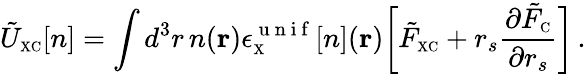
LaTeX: \tilde{U}_{\scriptscriptstyle\mathrm{XC}}[n]=\int d^{3}r\, n({\mathbf r})\epsilon_{\scriptscriptstyle\mathrm{X}}^{\mathrm{~u~n~i~f~}}[n]({\mathbf r})\bigg[\tilde{F}_{\scriptscriptstyle\mathrm{XC}}+r_{s}\frac{\partial\tilde{F}_{\scriptscriptstyle\mathrm{C}}}{\partial r_{s}}\bigg]\, .